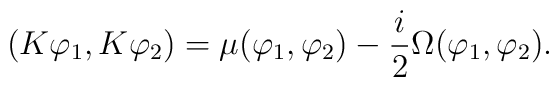
(K\varphi_{1},K\varphi_{2})=\mu(\varphi_{1},\varphi_{2})	-{i\over 	2}\Omega(\varphi_{1},\varphi_{2}).